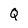
Character: Q